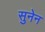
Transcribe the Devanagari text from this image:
सुनेन